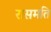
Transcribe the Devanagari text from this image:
रासमति